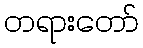
တရားတော်